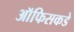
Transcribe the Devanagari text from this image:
ऑफिसकडे